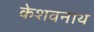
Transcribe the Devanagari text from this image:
केशवनाथ